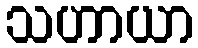
သဟာယာ